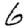
Digit: 6